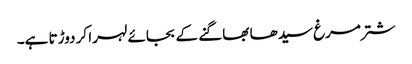
شتر مرغ سیدھا بھاگنے کے بجائے لہرا کر دوڑتا ہے۔